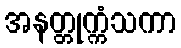
အနတ္တုက္ကံသကာ